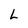
Character: L